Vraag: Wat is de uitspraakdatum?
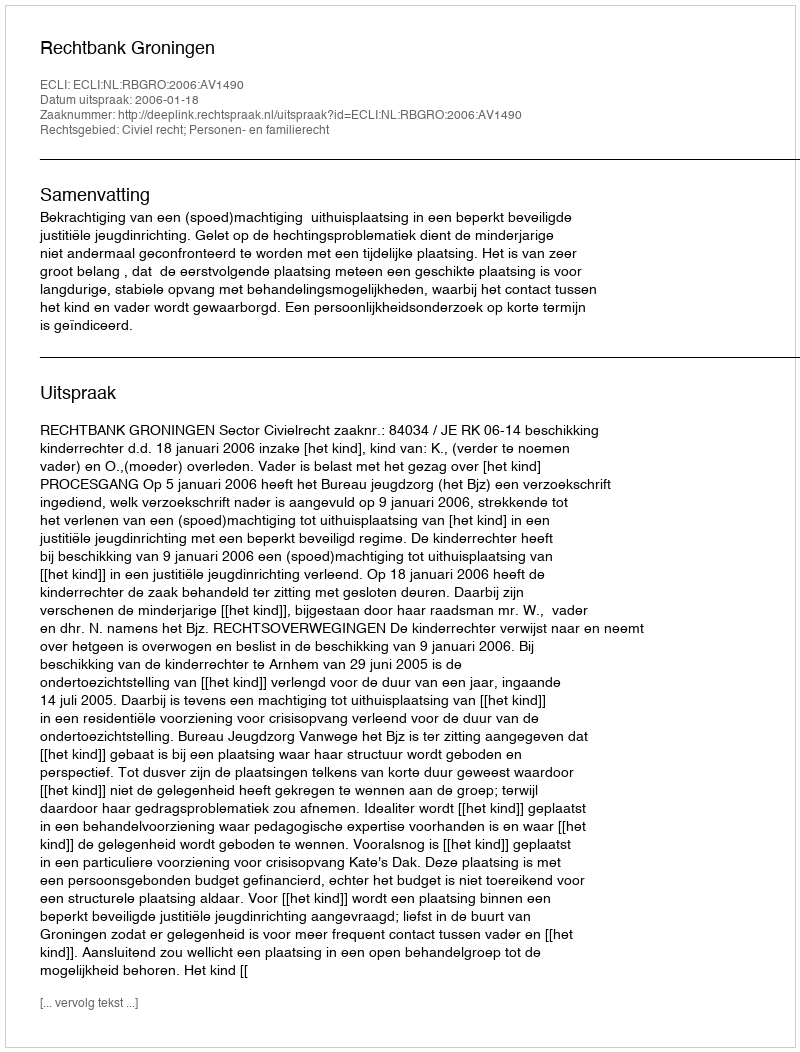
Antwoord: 2006-01-18